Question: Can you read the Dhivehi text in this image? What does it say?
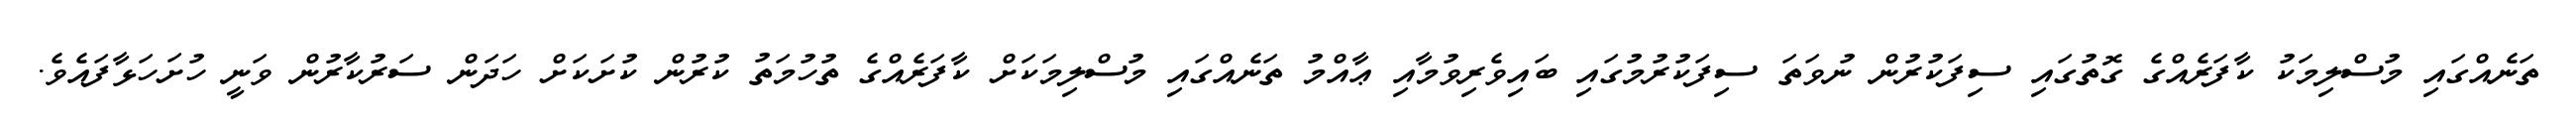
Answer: ތަނެއްގައި މުސްލިމަކު ކާފަރެއްގެ ގޮތުގައި ސިފަކުރުން ނުވަތަ ސިފަކުރުމުގައި ބައިވެރިވުމާއި ޢާއްމު ތަނެއްގައި މުސްލިމަކަށް ކާފަރެއްގެ ތުހުމަތު ކުރުން ކުށަކަށް ހަދަން ސަރުކާރުން ވަނީ ހުށަހަޅާފައެވެ.